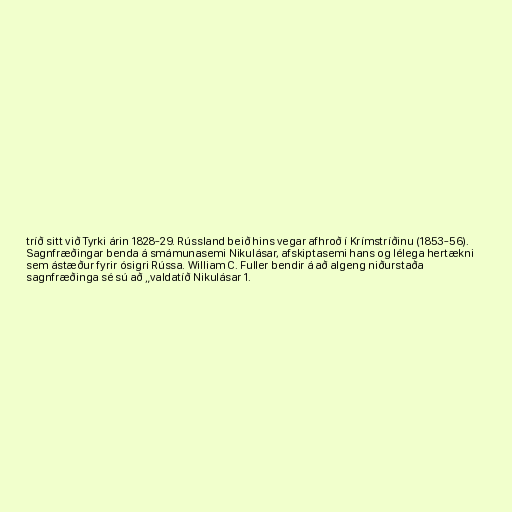
tríð sitt við Tyrki árin 1828-29. Rússland beið hins vegar afhroð í Krímstríðinu (1853-56).
Sagnfræðingar benda á smámunasemi Nikulásar, afskiptasemi hans og lélega hertækni
sem ástæður fyrir ósigri Rússa. William C. Fuller bendir á að algeng niðurstaða
sagnfræðinga sé sú að „valdatíð Nikulásar 1.